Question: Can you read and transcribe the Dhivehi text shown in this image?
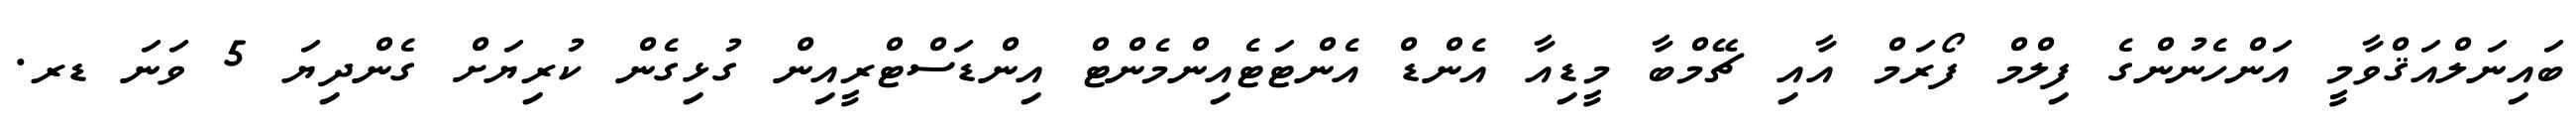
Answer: ބައިނަލްއަޤްވާމީ އަންހެނުންގެ ފިލްމް ފޯރަމް އާއި ޗޭމްބާ މީޑިއާ އެންޑް އެންޓަޓެއިންމެންޓް އިންޑަސްޓްރީއިން ގުޅިގެން ކުރިޔަށް ގެންދިޔަ 5 ވަނަ ޑރ.